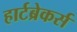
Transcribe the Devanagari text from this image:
हार्टब्रेकर्स